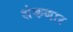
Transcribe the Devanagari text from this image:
शेकणार